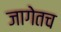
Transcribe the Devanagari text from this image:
जागेतच